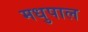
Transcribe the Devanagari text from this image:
मधुपाल